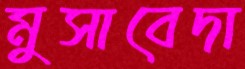
মুসাবেদা